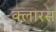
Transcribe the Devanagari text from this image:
क्लारस